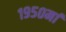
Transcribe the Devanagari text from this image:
१९५०मां